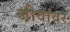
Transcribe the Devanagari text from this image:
जीवांवर